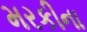
મરકીના